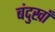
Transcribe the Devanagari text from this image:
बंदुखाँ